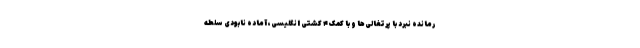
رمانده نبرد با پرتغالی‌ها و با کمک ۴ کشتی انگلیسی، آماده نابودی سلطه